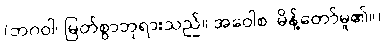
(ဘဂဝါ၊ မြတ်စွာဘုရားသည်။ အဝေါစ၊ မိန့်တော်မူ၏။)